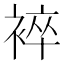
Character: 䘹